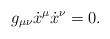
\begin{align*} g_{\mu\nu}\dot{x}^\mu\dot{x}^\nu=0.\end{align*}